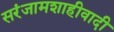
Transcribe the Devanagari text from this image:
सरंजामशाहीवादी